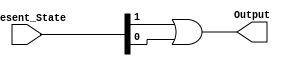
module Output_Logic(
    input [1:0] Present_State,
    output reg Output
    );
    always @(Present_State) Output = Present_State[1] || Present_State[0];
endmodule